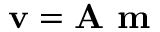
\mathbf { v } = \mathbf { A } \textbf { m }